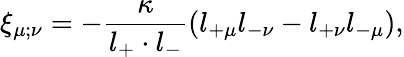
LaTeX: \xi_{\mu;\nu}=-\frac{\kappa}{l_{+}\cdot l_{-}}(l_{+\mu}l_{-\nu}-l_{+\nu}l_{-\mu}),